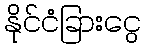
နိုင်ငံခြားငွေ